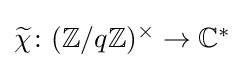
{\textstyle {\widetilde {\chi }}\colon (\mathbb {Z} /q\mathbb {Z} )^{\times }\to \mathbb {C} ^{*}}